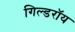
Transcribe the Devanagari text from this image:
गिल्डरॉय